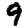
Digit: 9